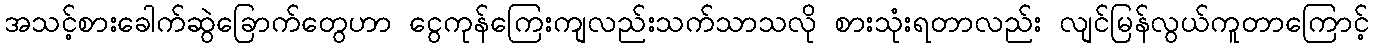
အသင့်စားခေါက်ဆွဲခြောက်တွေဟာ ငွေကုန်ကြေးကျလည်းသက်သာသလို စားသုံးရတာလည်း လျင်မြန်လွယ်ကူတာကြောင့်